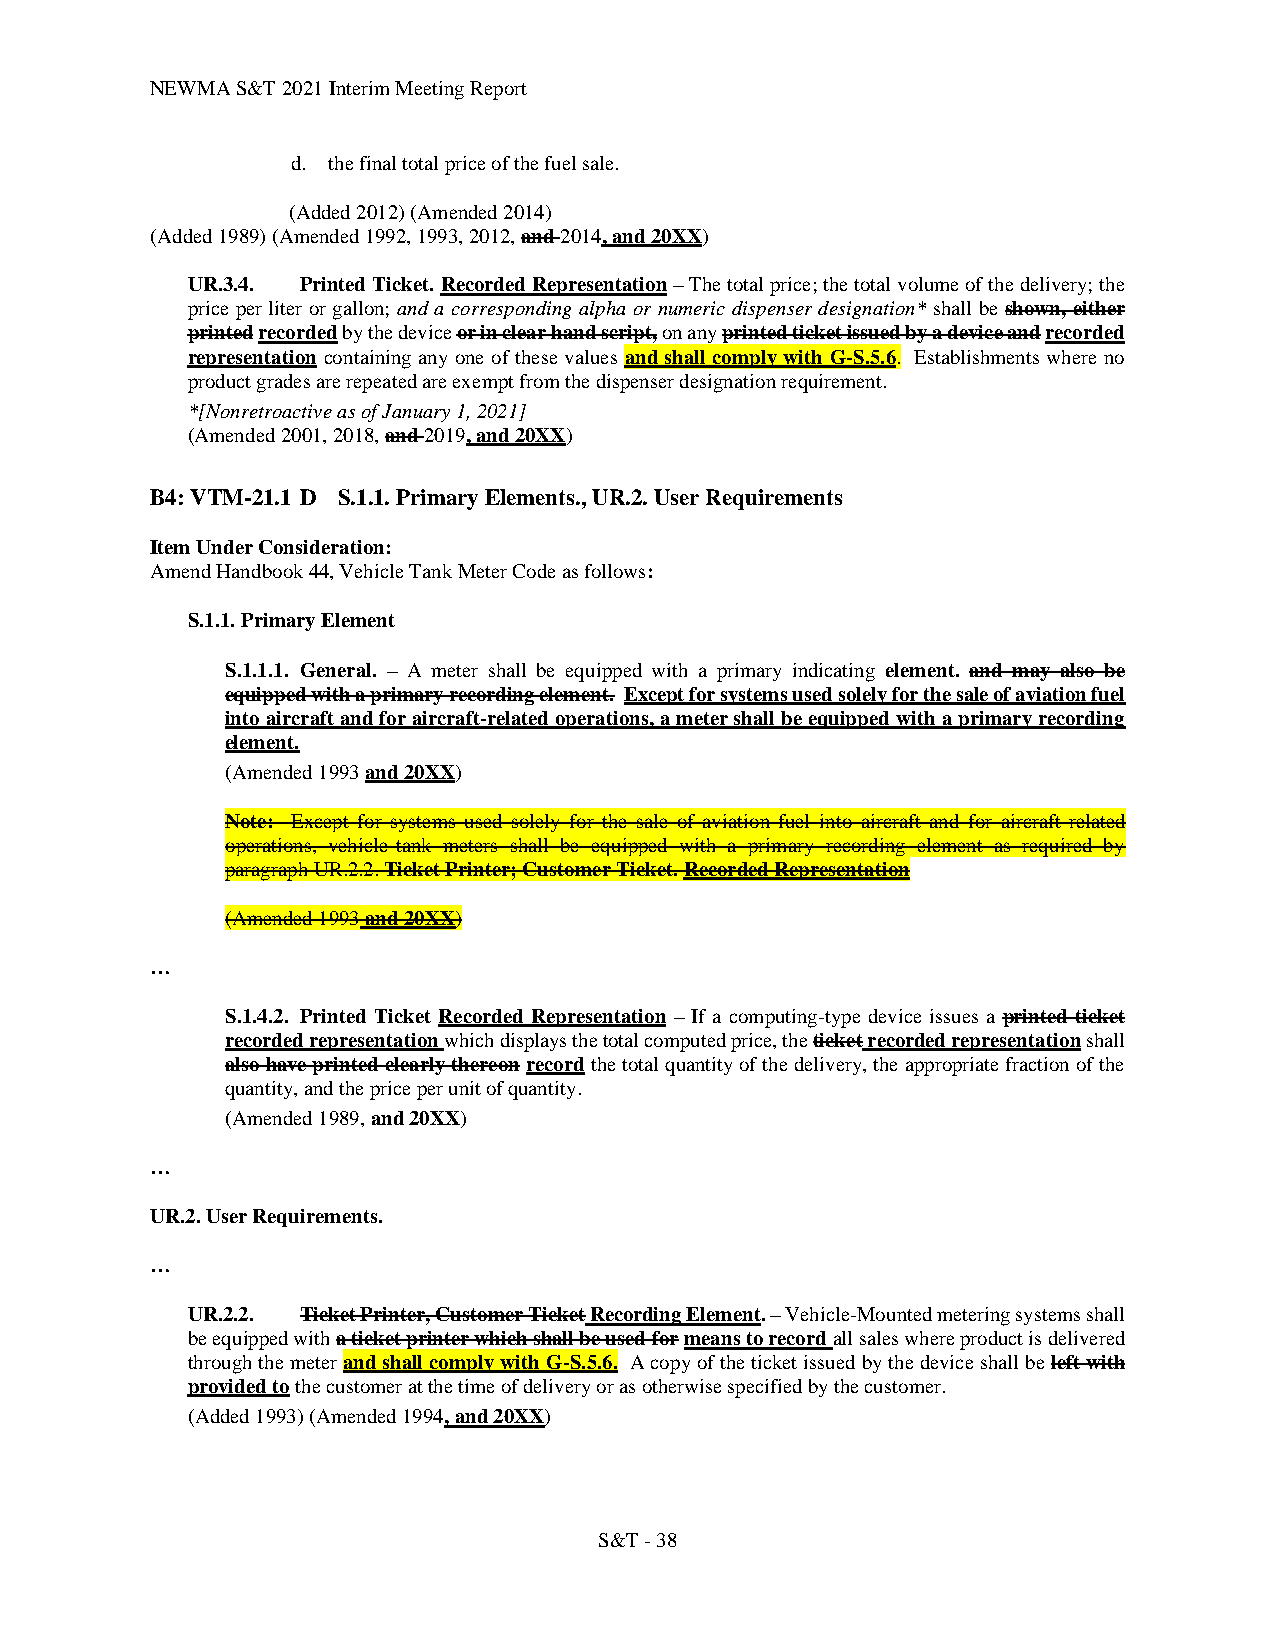
NEWMA S&T 2021 Interim Meeting Report
 d. the final total price of the fuel sale.
 (Added 2012) (Amended 2014)
 (Added 1989) (Amended 1992, 1993, 2012, and 2014, and 20XX)
 UR.3.4. Printed Ticket. Recorded Representation – The total price; the total volume of the delivery; the
 price per liter or gallon; and a corresponding alpha or numeric dispenser designation* shall be shown, either
 printed recorded by the device or in clear hand script, on any printed ticket issued by a device and recorded
 representation containing any one of these values and shall comply with G-S.5.6. Establishments where no
 product grades are repeated are exempt from the dispenser designation requirement.
 *[Nonretroactive as of January 1, 2021]
 (Amended 2001, 2018, and 2019, and 20XX)
 B4: VTM-21.1 D S.1.1. Primary Elements., UR.2. User Requirements
 Item Under Consideration:
 Amend Handbook 44, Vehicle Tank Meter Code as follows:
 S.1.1. Primary Element
 S.1.1.1. General. – A meter shall be equipped with a primary indicating element. and may also be
 equipped with a primary recording element. Except for systems used solely for the sale of aviation fuel
 into aircraft and for aircraft-related operations, a meter shall be equipped with a primary recording
 element.
 (Amended 1993 and 20XX)
 Note: Except for systems used solely for the sale of aviation fuel into aircraft and for aircraft-related
 operations, vehicle-tank meters shall be equipped with a primary recording element as required by
 paragraph UR.2.2. Ticket Printer; Customer Ticket. Recorded Representation
 (Amended 1993 and 20XX)
 …
 S.1.4.2. Printed Ticket Recorded Representation – If a computing-type device issues a printed ticket
 recorded representation which displays the total computed price, the ticket recorded representation shall
 also have printed clearly thereon record the total quantity of the delivery, the appropriate fraction of the
 quantity, and the price per unit of quantity.
 (Amended 1989, and 20XX)
 …
 UR.2. User Requirements.
 …
 UR.2.2. Ticket Printer, Customer Ticket Recording Element. – Vehicle-Mounted metering systems shall
 be equipped with a ticket printer which shall be used for means to record all sales where product is delivered
 through the meter and shall comply with G-S.5.6. A copy of the ticket issued by the device shall be left with
 provided to the customer at the time of delivery or as otherwise specified by the customer.
 (Added 1993) (Amended 1994, and 20XX)
 S&T - 38